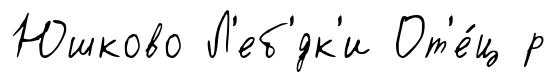
Юшково Л'еб'́дк'и От'е́ц р